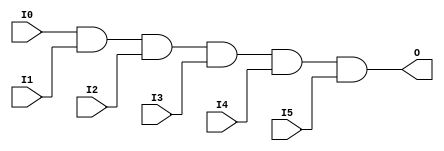
module X_AND6 (O, I0, I1, I2, I3, I4, I5);

  parameter LOC = "UNPLACED";
  output O;
  input I0, I1, I2, I3, I4, I5;

  and (O, I0, I1, I2, I3, I4, I5);

  specify

	(I0 => O) = (0:0:0, 0:0:0);
	(I1 => O) = (0:0:0, 0:0:0);
	(I2 => O) = (0:0:0, 0:0:0);
	(I3 => O) = (0:0:0, 0:0:0);
	(I4 => O) = (0:0:0, 0:0:0);
	(I5 => O) = (0:0:0, 0:0:0);
	specparam PATHPULSE$ = 0;

  endspecify

endmodule